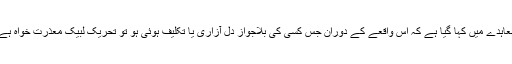
معاہدے میں کہا گیا ہے کہ اس واقعے کے دوران جس کسی کی بلاجواز دل آزاری یا تکلیف ہوئی ہو تو تحریک لبیک معذرت خواہ ہے۔